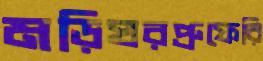
মড়িঘরপ্রুফেরি